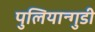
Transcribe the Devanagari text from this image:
पुलियान्गुडी